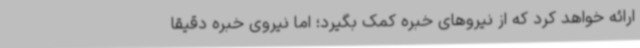
ارائه خواهد کرد که از نیروهای خبره کمک بگیرد؛ اما نیروی خبره دقیقا